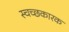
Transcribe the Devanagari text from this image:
स्चच्छकारक